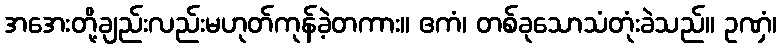
အအေးတို့ချည်းလည်းမဟုတ်ကုန်ခဲ့တကား။ ဧကံ၊ တစ်ခုသောသံတုံးခဲသည်။ ဥဏှံ၊